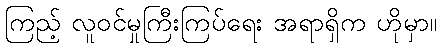
ကြည့် လူဝင်မှုကြီးကြပ်ရေး အရာရှိက ဟိုမှာ။